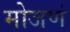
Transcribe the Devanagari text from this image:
मोजणं